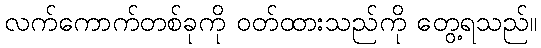
လက်ကောက်တစ်ခုကို ဝတ်ထားသည်ကို တွေ့ရသည်။